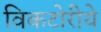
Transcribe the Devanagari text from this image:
विकटोरीये